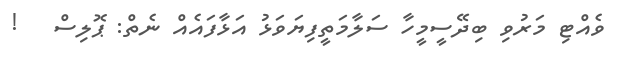
ވެއްޓި މަރުވި ބިދޭސީމީހާ ސަލާމަތީފިޔަވަޅު އަޅާފައެއް ނެތް: ޕޮލިސް   !